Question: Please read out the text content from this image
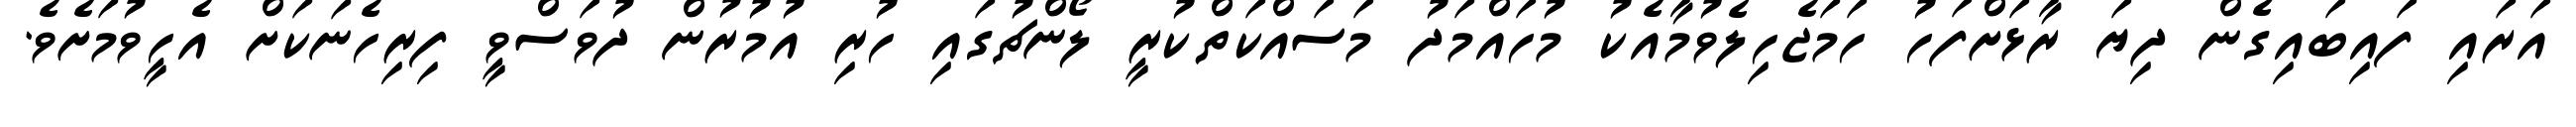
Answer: އަރައި ފައިބައިގެން ދިޔަ ރާޅަށްފަހު ހަމަޖެހިލެވުމާއެކު މުހައްމަދު މަސައްކަތްކުރީ ލޯންޗުގައި ހުރި އުމުރުން ދުވަސްވީ ފިރިހެނަކަށް އެހީވުމަށެވެ.